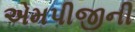
એમપીજીની